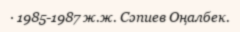
· 1985-1987 ж.ж. Сәпиев Оңалбек.